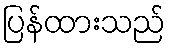
ပြန်ထားသည်